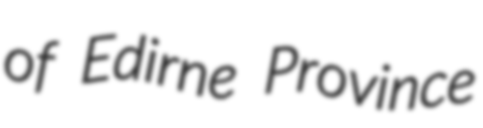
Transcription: of Edirne Province